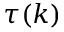
\tau ( k )